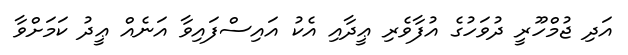
އަދި ޖުމްހޫރީ ދުވަހުގެ އުފާވެރި ޢީދާއި އެކު އައިސްފައިވާ އަނެއް ޢީދު ކަމަށްވާ